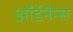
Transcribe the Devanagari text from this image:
ऑर्डनैन्स